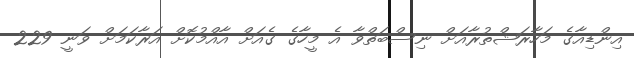
އިންޑިއާގެ މަހާރަޝްތުރާއަށް ނިސްބަތްވާ އެ މީހާގެ ގެއަށް އާއްމުކޮށް އަރާކަމަށް ވަނީ 229